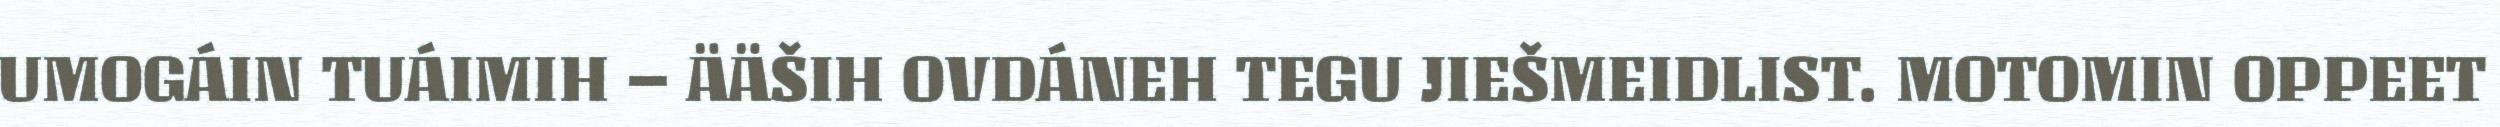
UMOGÁIN TUÁIMIH – ÄÄŠIH OVDÁNEH TEGU JIEŠMEIDLIST. MOTOMIN OPPEET